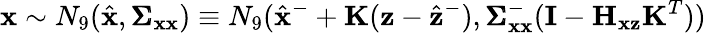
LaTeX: \mathbf{x}\sim N_{9}(\hat{\mathbf{x}},\pmb{\Sigma}_{\mathbf{x}\mathbf{x}})\equiv N_{9}(\hat{\mathbf{x}}^{-}+\mathbf{K}(\mathbf{z}-\hat{\mathbf{z}}^{-}),\pmb{\Sigma}_{\mathbf{x}\mathbf{x}}^{-}(\mathbf{I}-\mathbf{H}_{\mathbf{x}\mathbf{z}}\mathbf{K}^{T}))